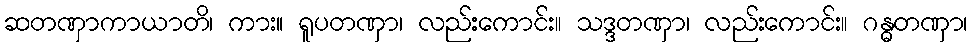
ဆတဏှာကာယာတိ၊ ကား။ ရူပတဏှာ၊ လည်းကောင်း။ သဒ္ဒတဏှာ၊ လည်းကောင်း။ ဂန္ဓတဏှာ၊